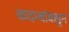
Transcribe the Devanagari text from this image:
कदम्बांकडून